Annual report on the lock hospitals of the Madras Presidency
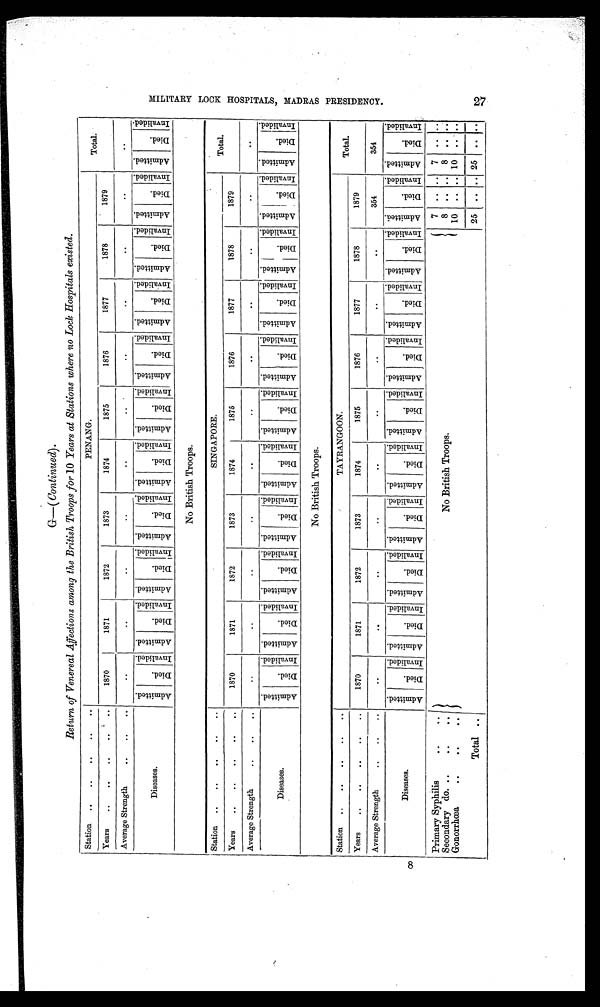
G—( Continued).
Return of Venereal Affections among the British Troops for 10 Years at Stations where no Lock Hospitals existed.
Station ..
..
.
..
. .
PENANG.
Total.
Years..
..
..
1871
1872
1873
1874
1875
1876
1877
1878
1879
Average Strength
..
..
..
. .
..
..
..
. .
..
. .
. .
. .
. .
. .
A d m i t t e d
D i e d
I n v a l i l d e d
A d m i t t e d
D i e d
I n v a l i d e d
Admitted
D i e d
I n v a l i d e d A d m i t t e d
D i e d
I nval i ded
A d m i t t e d
D i e d
I nval i ded Admi t t ed
D i e d
I n v a l i d e d
A d m i t t e d
D i e d
I n v a l i d e d Admi t t ed
D i e d
I n v a l i d e d
A d m i t t e d
D i e d
I n v a l i d e d A d m i t t e d
D i e d
I n v a l i d e d A d m i t t e d
D i e d
I n v a l i d e d
Diseases.
No British Troops.
Station ....
..
..
..
SINGAPORE.
Total.
Years
..
..
..
. . ..
1870
1871
1872
1873
1874
1875
1876
1877
1878
1879
Average Strength
.
. . ..
..
..
..
..
. .
..
. .
. .
. .
. . ..
Diseases.
A d m i t t e d
D i e d
I n v a l i d e d
A d m i t t e d
D i e d
I n v a l i d e d A d m i t t e d
D i e d
I n v a l i d e d
A d m i t t e d
D i e d
I nva l i de d
A d m i t t e d
D i e d
I nal i ded Admi t t ed
D i e d
I n v a l i d e d
A d m i t t e d
D i e d
I n v a l i d e d Admi t t ed
Di e d
I n v a l i d e d A d m i t t e d
D i e d
I n v a l i d e d A d m i t t e d
D i e d
I n v a l i d e d Admi t t ed
D i e d
I n v a l i d e d
No British Troops.
Station ..
..
..
..
. .
TAYRANGOON.
Total.
Years
..
..
..
..
..
1870
1871
1872
1873
1874
1875
1876
1877
1878
1879
Average Strength
..
..
..
. .
..
. .
. .
. .
. .
..
. .
. .
354
354
Diseases.
Admi t t ed
D i e d
I n v a l i d e d
A d m i t t e d
D i e d
I n v a l i d e d Admi t t ed
D i e d
I n v a l i d e d A d m i t t e d
D i e d I n v a l i d e d
A d m i t t e d
D i e d
I n v a l i d e d Admi t t ed
D i e d
I n v a l i d e d
A d m i t t e d
D i e d
I n v a l i d e d Admi t t ed
Di e d
I n v a l i d e d
A d m i t t e d
D i e d
I n a l i d e d A d m i t t e d
D i e d
I n v a l i d e d A d m i t t e d
D i e d
I n v a l i d e d
Primary Syphilis
..
. .
No British Troops.
7 .. .. 7 ....
. . . .
8 .. .. 8
..
. .
Secondary do..
..
10 .. .. 10 ..
. .
Gonorrhœa
..
. .
. .
25 .. .. 25 .. ..
Total ..
M I L I T A R Y L O C K H O S P I T A L S M A D R A S P R E S I D E N C Y .